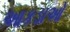
આકડાઓ